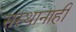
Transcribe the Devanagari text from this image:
संस्थांनाही